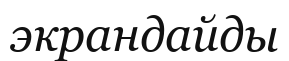
экрандайды